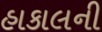
હાકાલની